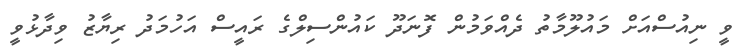
ވީ ނިއުސްއަށް މައުލޫމާތު ދެއްވަމުން ފޮނަދޫ ކައުންސިލްގެ ރައީސް އަހުމަދު ރިޔާޒު ވިދާޅުވީ